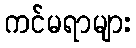
ကင်မရာများ